Annual report on the working of the mental hospitals in the Madras Presidency - 1912-1932
Year: 1912
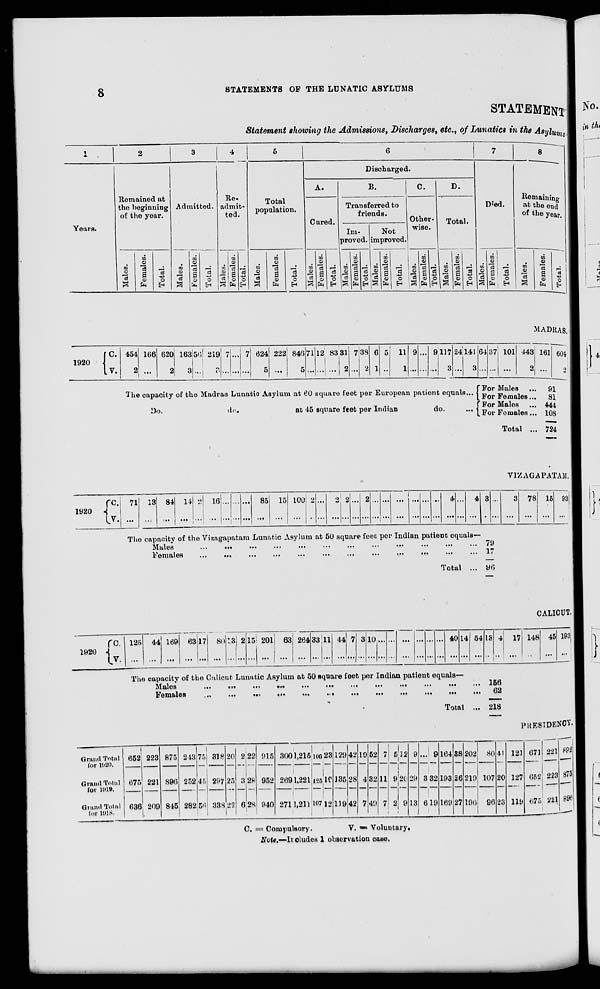
8
STATEMENTS OF THE LUNATIC ASYLUMS
STATEMENT
Statement showing the Admissions, Discharges, etc., of Lunatics in the Asylums
1
Years.
2
Remained at
the beginning
of the year.
Males.
Females.
Total.
3
Admitted.
Males.
Females.
Total.
4
Re-
admit-
ted.
Males.
Females.
Total.
5
Total
population.
Males.
Females.
Total.
6
Discharged.
A.
Cured.
Males.
Females.
Total.
B.
Transferred to
friends.
Im-
proved.
Males.
Females.
Total.
Not
improved.
Males.
Females.
Total.
C.
Other-
wise.
Males.
Females.
Total.
D.
Total.
Males.
Females.
Total.
7
Died.
Males.
Females.
Total.
8
Remaining
at the end
of the year.
Males.
Females.
Total.
MADRAS.
1920
C.
V.
454
2
166
...
620
2
163
3
56
...
219
3
7
...
...
...
7
...
624
5
222
...
846
5
71
...
12
...
83
...
31
2
7
...
38
2
6
1
5
...
11
1
9
...
...
...
9
...
117
3
24
...
141
3
The capacity of the Madras Lunatic Asylum at 60 square feet per European patient equals ...
Do.
do.
at 45 square feet per Indian
do. ...
64
...
37
...
101
...
443
2
For Males ...
For Females ...
For Males ...
For Females ...
Total ...
161
...
604
2
91
81
444
108
724
VIZAGAPATAM.
1920
C.
V.
71
...
13
...
84
...
14
...
2
...
16
...
...
...
...
...
...
...
85
...
15
...
100
...
2
...
...
...
2
...
2
...
...
...
2
...
...
...
...
...
...
...
...
...
...
...
...
...
4
...
...
...
4
...
3
...
...
...
3
...
78
...
15
...
93
...
The capacity of the Vizagapatam Lunatic Asylum at 50 square feet per Indian patient equals—
Males
...
...
...
...
...
...
...
...
...
...
...
...
Females
...
...
...
...
...
...
...
...
...
...
...
...
Total ...
79
17
96
CALICUT.
1920
C.
V.
125
...
44
...
169
...
63
...
17
...
80
...
13
...
2
...
15
...
201
...
63
...
264
...
33
...
11
...
44
...
7
...
3
...
10...
...
...
...
...
...
...
...
...
...
...
...
40
...
14
...
54
...
13
... ...
4
...
17
...
148
...
45
...
193
...
The capacity of the Calicut Lunatic Asylum at 50 square feet per Indian patient equals—
Males
...
...
...
...
...
...
...
...
...
...
...
...
Females
...
...
...
...
...
...
...
...
...
...
...
...
Total ...
156
62
218
PRESIDENCY.
Grand Total
for 1920.
Grand Total
for 1919.
Grand Total
for 1018.
652
675
636
223
221
209
875
896
845
243
252
282
75
45
56
318
297
338
20
25
22
2
3
6
22
28
28
915
952
940
300
269
271
1,215
1,221
1,211
100
125
107
23
10
12
129
135
119
42
28
42
10
4
7
52
32
49
7
11
7
5
9
2
12
20
9
9
29
13
...
3
6
9
32
19
164
193
169
38
26
27
202
219
196
80
107
96
41
20
23
121
127
119
671
652
675
221
223
221
892
875
896
C. = Compulsory.
V.=
Voluntary.
Note.—Includes 1 observation case.